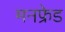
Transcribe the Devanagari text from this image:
मनफ्रेड